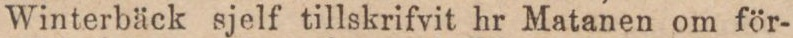
Winterbäck sjelf tillskrifvit hr Matanen om för-